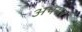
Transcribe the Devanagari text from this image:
अपसर